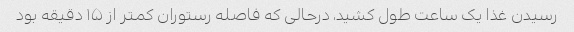
رسیدن غذا یک ساعت طول کشید، درحالی که فاصله رستوران کمتر از ۱۵ دقیقه بود